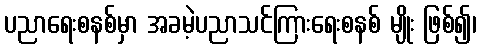
ပညာရေးစနစ်မှာ အခမဲ့ပညာသင်ကြားရေးစနစ် မျိုး ဖြစ်၍၊